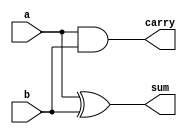
`timescale 1ns / 1ps
//////////////////////////////////////////////////////////////////////////////////
// Company: 
// Engineer: 
// 
// Design Name: 
// Module Name: halfadder
// Project Name: 
// Target Devices: 
// Tool Versions: 
// Description: 
// 
// Dependencies: 
// 
// Revision:
// Revision 0.01 - File Created
// Additional Comments:
// 
//////////////////////////////////////////////////////////////////////////////////


module halfadder(
    input a,
    input b,
    output sum,
    output carry
    );
    assign #1 sum=a^b;
    assign #1 carry=a&b;
endmodule